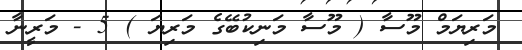
މަރިޔަމް މޫސާ ( މޫސާ މަނިކުބޭގެ މަރިޔަ ) 5 - މަރީނާ